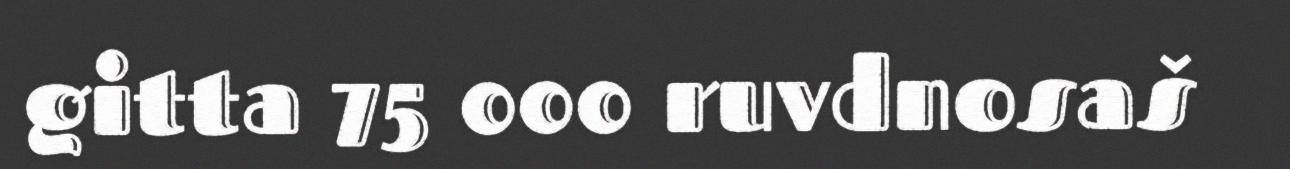
gitta 75 000 ruvdnosaš